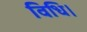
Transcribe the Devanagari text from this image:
विधि।